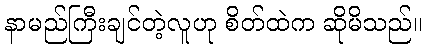
နာမည်ကြီးချင်တဲ့လူဟု စိတ်ထဲက ဆိုမိသည်။